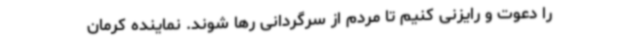
را دعوت و رایزنی کنیم تا مردم از سرگردانی رها شوند. نماینده کرمان